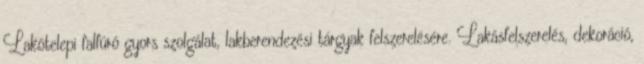
Lakótelepi falfúró gyors szolgálat, lakberendezési tárgyak felszerelésére. Lakásfelszerelés, dekoráció,